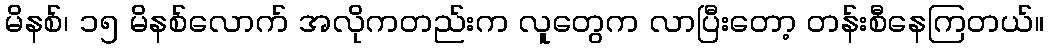
မိနစ်၊ ၁၅ မိနစ်လောက် အလိုကတည်းက လူတွေက လာပြီးတော့ တန်းစီနေကြတယ်။